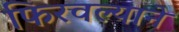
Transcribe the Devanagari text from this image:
फिरवल्याने